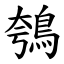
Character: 鴮